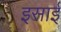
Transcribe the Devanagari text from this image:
इसार्इ